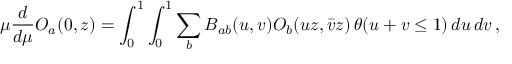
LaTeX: \mu \frac { d } { d \mu } { \cal O } _ { a } ( 0 , z ) = \int _ { 0 } ^ { 1 } \int _ { 0 } ^ { 1 } \sum _ { b } B _ { a b } ( u , v ) { \cal O } _ { b } ( u z , \bar { v } z ) \, \theta ( u + v \leq 1 ) \, d u \, d v \, ,